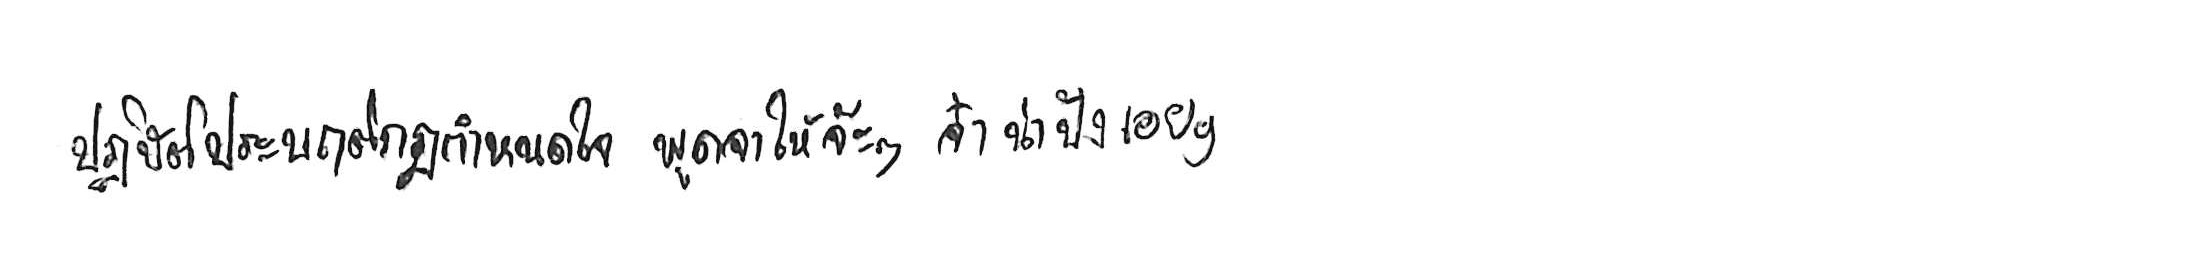
ปฏิบัติประพฤติกฎกำหนดใจ พูดจาให้จ๊ะๆ จ๋า น่าฟังเอยฯ